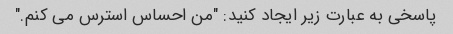
پاسخی به عبارت زیر ایجاد کنید: "من احساس استرس می کنم."